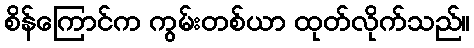
စိန်ကြောင်က ကွမ်းတစ်ယာ ထုတ်လိုက်သည်။